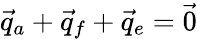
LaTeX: \vec{q}_{a}+\vec{q}_{f}+\vec{q}_{e}=\vec{0}